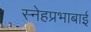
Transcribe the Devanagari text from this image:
स्नेहप्रभाबाई